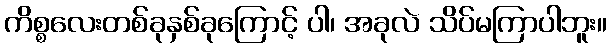
ကိစ္စလေးတစ်ခုနှစ်ခုကြောင့် ပါ၊ အခုလဲ သိပ်မကြာပါဘူး။